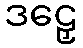
ဒဠှေ